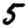
Digit: 5